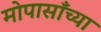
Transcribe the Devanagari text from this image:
मोपासाँच्या